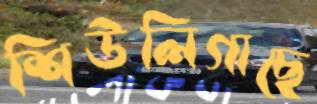
শিউলিগাছে